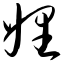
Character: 娌